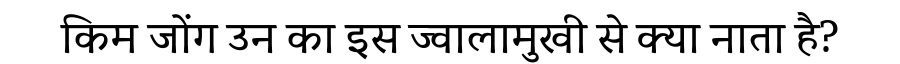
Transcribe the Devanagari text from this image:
किम जोंग उन का इस ज्वालामुखी से क्या नाता है?